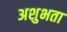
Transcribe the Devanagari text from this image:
अशुभता